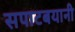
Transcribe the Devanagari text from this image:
सपाटबयानी